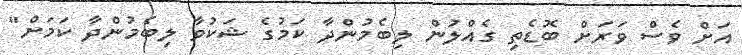
އަށް ވެސް ވަރަށް ބޮޑެތި ގެއްލުން ލިބެމުންދާ ކަމުގެ ޝަކުވާ ލިބެމުންދާ ކަމަށް"